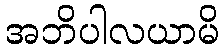
အဘိပါလယာမိ